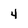
Character: 4